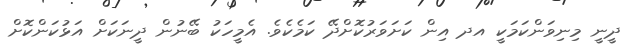
ދީނީ މިނިވަންކަމަކީ އދ އިން ކަށަވަރުކޮށްދޭ ކަމެކެވެ. އެމީހަކު ބޭނުން ދީނަކަށް އަޅުކަންކޮށް